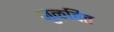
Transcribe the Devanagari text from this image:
जुळवित